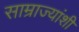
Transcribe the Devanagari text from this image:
साम्राज्यांशी